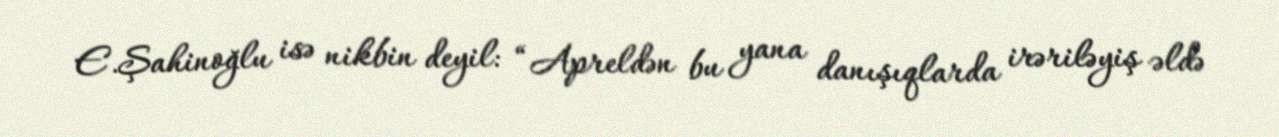
E.Şahinoğlu isə nikbin deyil: “Apreldən bu yana danışıqlarda irəriləyiş əldə